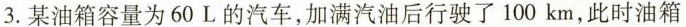
3.某油箱容量为60L的汽车，加满汽油后行驶了100km，此时油箱